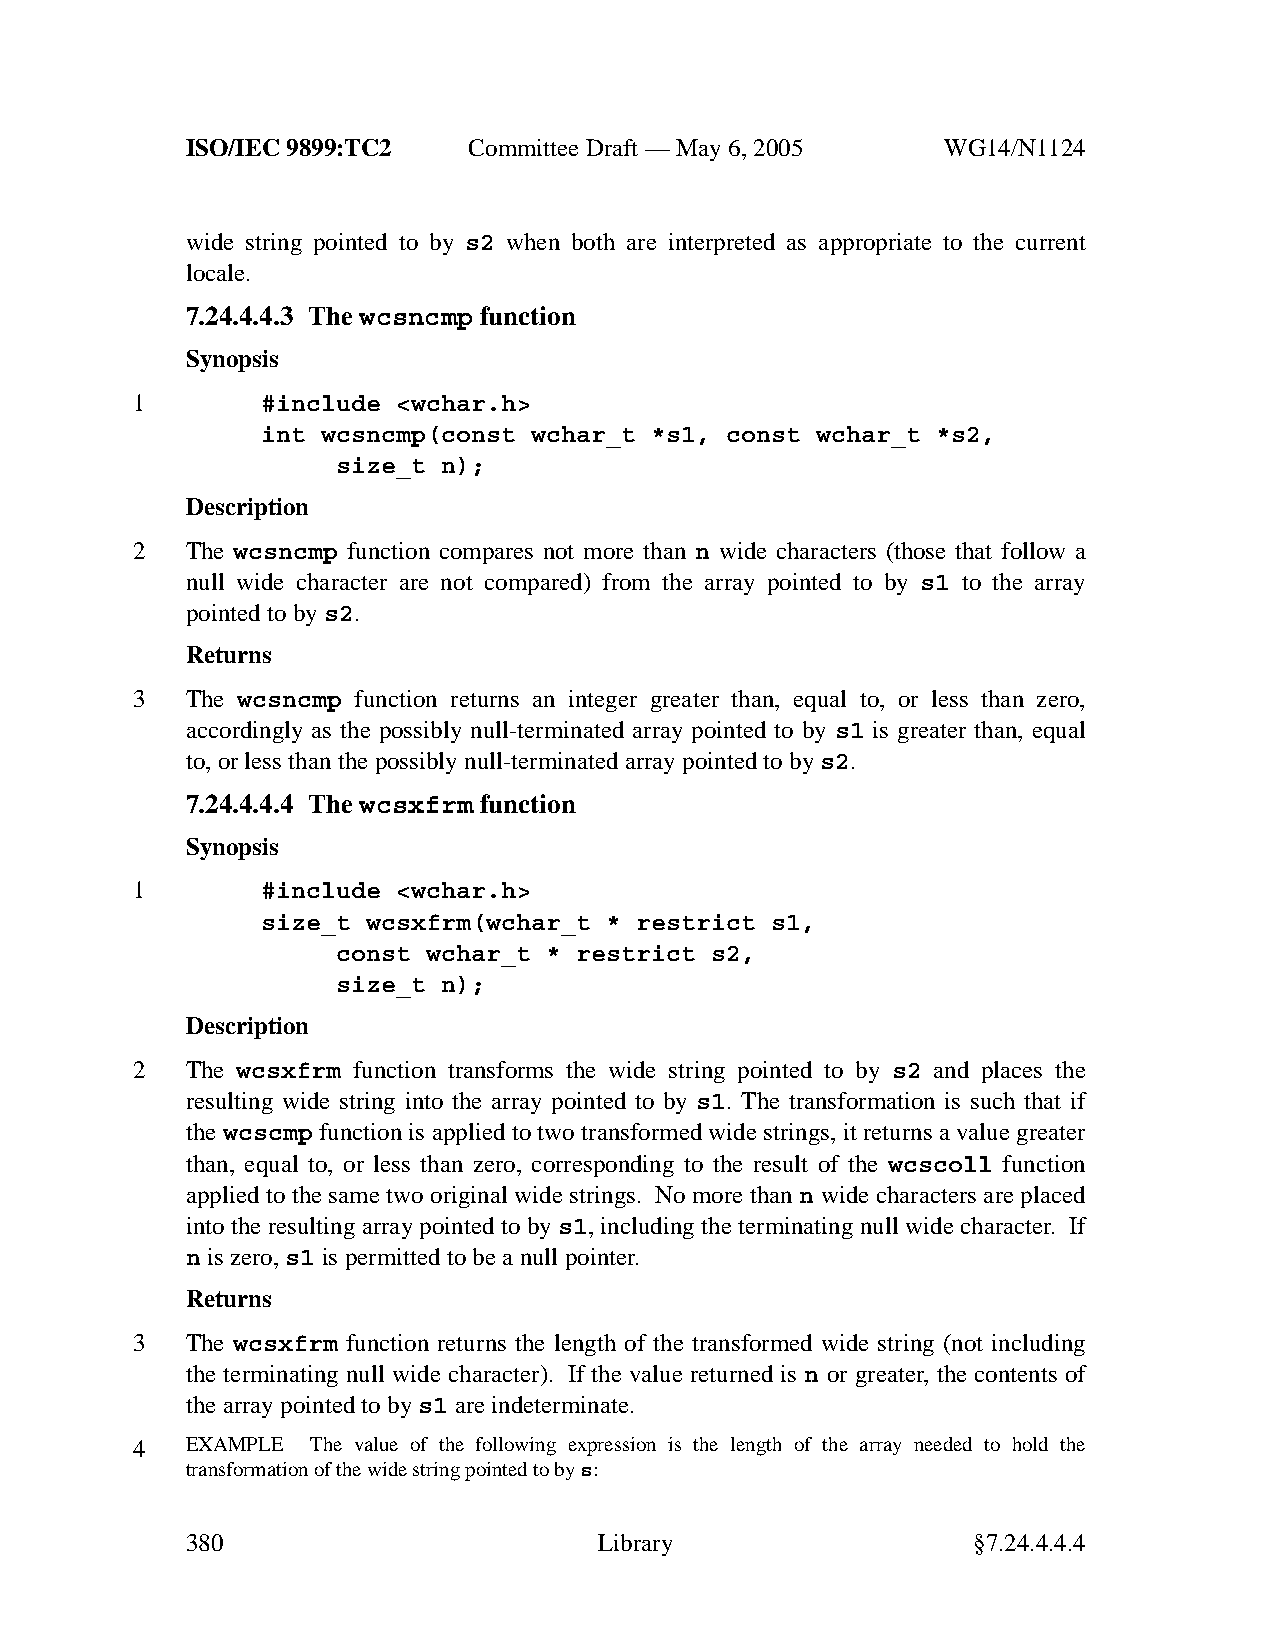
ISO/IEC 9899:TC2   Committee Draft — May 6, 2005   WG14/N1124
 wide string pointed to by s2 when both are interpreted as appropriate to the current
 locale.
 7.24.4.4.3 The wcsncmp function
 Synopsis
 1       #include <wchar.h>
 int wcsncmp(const wchar_t *s1, const wchar_t *s2,
 size_t n);
 Description
 2  The wcsncmp function compares not more than n wide characters (those that follow a
 null wide character are not compared) from the array pointed to by s1 to the array
 pointed to bys2.
 Returns
 3  The wcsncmp function returns an integer greater than, equal to, or less than zero,
 accordingly as the possibly null-terminated array pointed to by s1 is greater than, equal
 to, or less than the possibly null-terminated array pointed to by s2.
 7.24.4.4.4 The wcsxfrm function
 Synopsis
 1       #include <wchar.h>
 size_t wcsxfrm(wchar_t * restrict s1,
 const wchar_t * restrict s2,
 size_t n);
 Description
 2  The wcsxfrm function transforms the wide string pointed to by s2 and places the
 resulting wide string into the array pointed to by s1. The transformation is such that if
 the wcscmp function is applied to two transformed wide strings, it returns a value greater
 than, equal to, or less than zero, corresponding to the result of the wcscoll function
 applied to the same two original wide strings. No more than n wide characters are placed
 into the resulting array pointed to by s1, including the terminating null wide character. If
 n is zero,s1 is permitted to be a null pointer.
 Returns
 3  The wcsxfrm function returns the length of the transformed wide string (not including
 the terminating null wide character). If the value returned is n or greater, the contents of
 the array pointed to bys1 are indeterminate.
 4  EXAMPLE  The value of the following expression is the length of the array needed to hold the
 transformation of the wide string pointed to bys:
 380                         Library                 §7.24.4.4.4